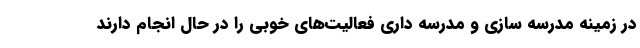
در زمینه مدرسه سازی و مدرسه داری فعالیت‌های خوبی را در حال انجام دارند